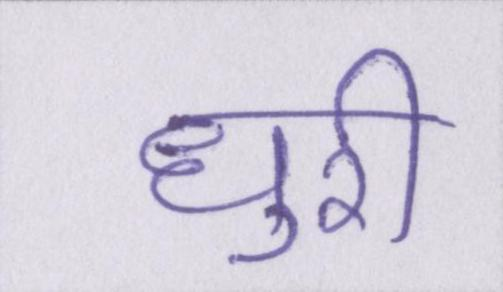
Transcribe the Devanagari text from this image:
धुरी